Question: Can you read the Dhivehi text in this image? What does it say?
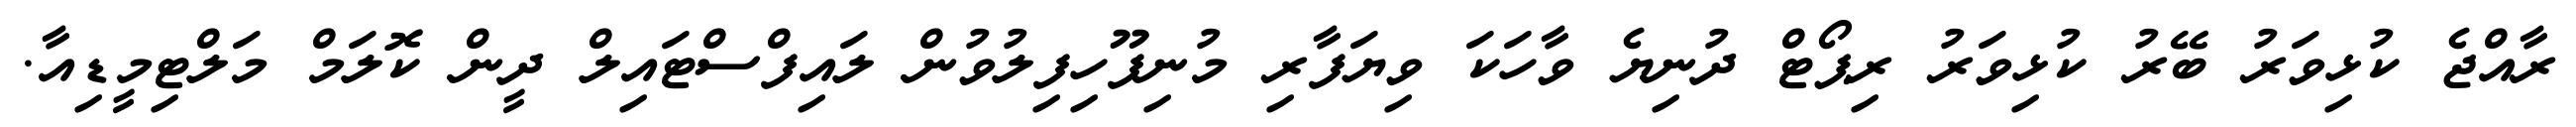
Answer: ރާއްޖެ ކުޅިވަރު ބޭރު ކުޅިވަރު ރިޕޯޓް ދުނިޔެ ވާހަކަ ވިޔަފާރި މުނިފޫހިފިލުވުން ލައިފްސްޓައިލް ދީން ކޮލަމް މަލްޓިމީޑިއާ.